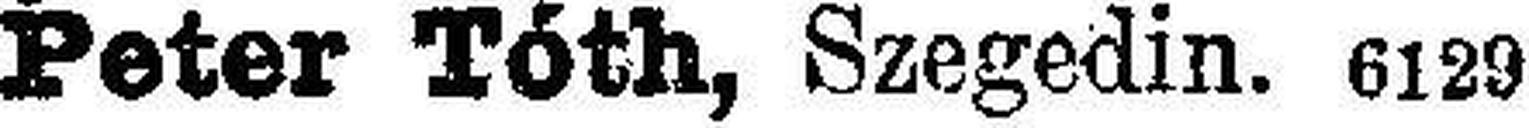
Peter Töth, Szegedin. 6129